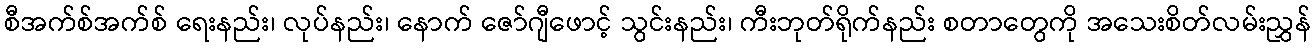
စီအက်စ်အက်စ် ရေးနည်း၊ လုပ်နည်း၊ နောက် ဇော်ဂျီဖောင့် သွင်းနည်း၊ ကီးဘုတ်ရိုက်နည်း စတာတွေကို အသေးစိတ်လမ်းညွှန်